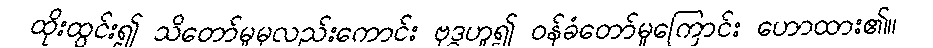
ထိုးထွင်း၍ သိတော်မူမှလည်းကောင်း ဗုဒ္ဓဟူ၍ ဝန်ခံတော်မူကြောင်း ဟောထား၏။